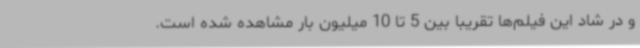
و در شاد این فیلم‌ها تقریباً بین 5 تا 10 میلیون بار مشاهده ‌شده است.